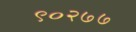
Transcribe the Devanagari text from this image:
९०२७७